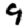
Digit: 9